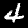
Digit: 4